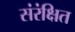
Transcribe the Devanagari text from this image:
संरंक्षित